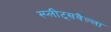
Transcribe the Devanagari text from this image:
स्प्लीट्सवैल्ला